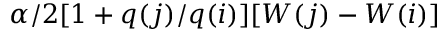
\alpha / 2 [ 1 + q ( j ) / q ( i ) ] [ W ( j ) - W ( i ) ]